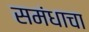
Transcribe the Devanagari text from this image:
समंधाचा